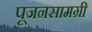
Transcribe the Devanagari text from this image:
पूजनसामग्री